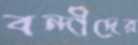
বন্দীদের